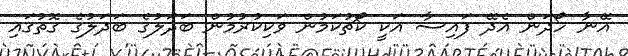
އޭނާ ހޯދަން އެދޭ ފައިސާ އަކީ ކޯޗުކަމުން ވަކިކުރުމުން ބަދަލުގެ ބަދަލުގެ ގޮތުގައި